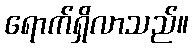
ရောက်ရှိလာသည်။